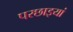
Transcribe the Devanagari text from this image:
परछाइयां